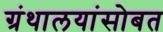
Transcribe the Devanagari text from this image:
ग्रंथालयांसोबत